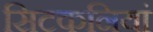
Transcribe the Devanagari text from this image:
सिटकनियां